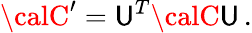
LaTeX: {\calC}^{\prime}=\mathsf{U}^{T}{\calC}\mathsf{U}\, .